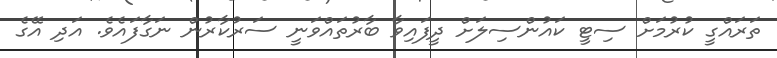
ތަރައްގީ ކުރުމަށް ސިޓީ ކައުންސިލަށް ދީފައިވާ ބާރުތައްވަނީ ސަރުކާރުން ނަގާފަައެވެ. އަދި އޭގެ